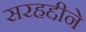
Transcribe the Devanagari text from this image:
सरहद्दीने